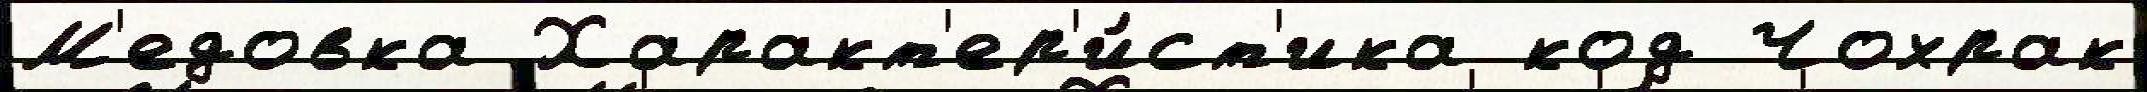
М'едовка Характ'ер'и́ст'ика код Чохрак